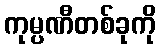
ကုမ္ပဏီတစ်ခုကို